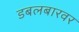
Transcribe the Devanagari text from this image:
डबलबारवर